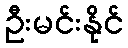
ဦးမင်းနိုင်